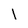
Character: 1